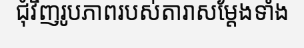
ជុំវិញរូបភាពរបស់តារាសម្តែងទាំង